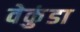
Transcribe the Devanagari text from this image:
वेकुंडा